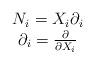
LaTeX: \begin{align*}\begin{array}{c}N_{i}=X_{i}\partial_{i}\\\partial_{i}=\frac {\partial}{\partial X_{i}}\end{array}\end{align*}